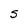
Character: s